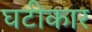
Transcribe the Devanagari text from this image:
घटीकार